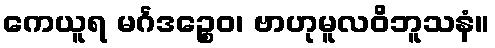
ကေယူရ မင်္ဂဒဉ္စေဝ၊ ဗာဟုမူလဝိဘူသနံ။